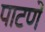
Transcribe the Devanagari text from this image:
पाटणे